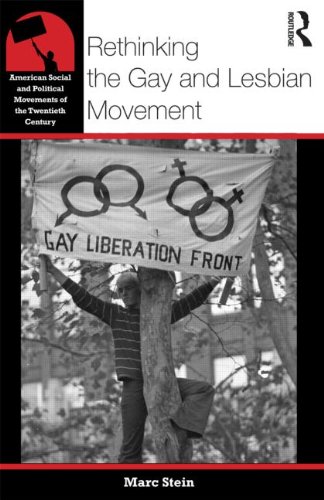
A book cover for Rethinking the Gay and Lesbian Movement (American Social and Political Movements of the 20th Century); Marc Stein; Gay & Lesbian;